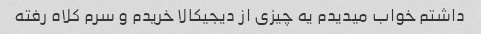
داشتم خواب میدیدم یه چیزی از دیجیکالا خریدم و سرم کلاه رفته